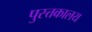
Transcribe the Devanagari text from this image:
पुस्त्तकालय